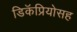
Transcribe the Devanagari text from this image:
डिकॅप्रियोसह